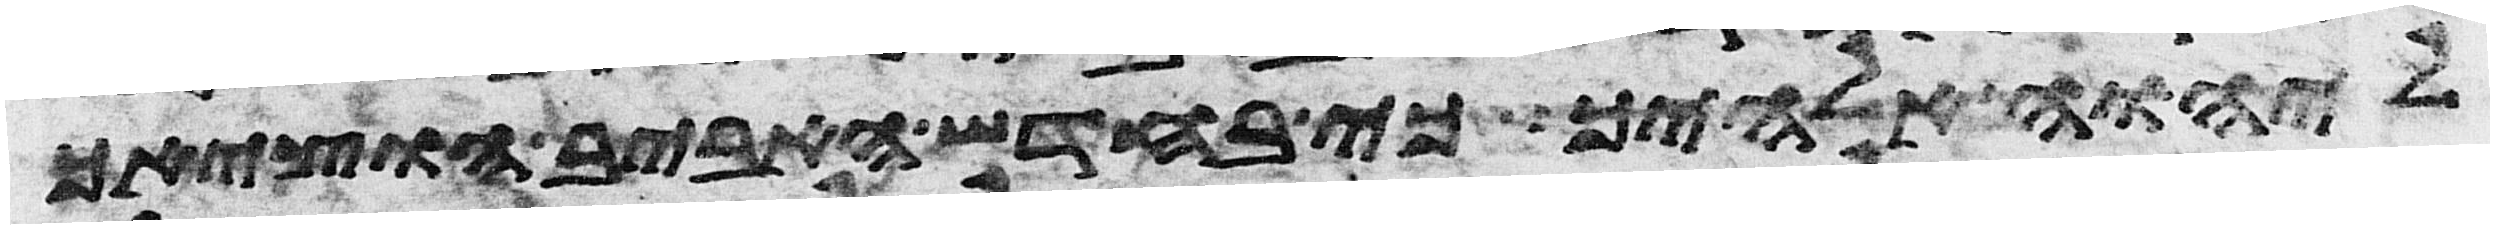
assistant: ליהוה אלהיך כי בחדש האביב הוציאך